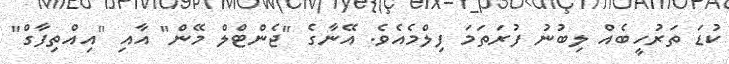
ކުޑަ ތަރުހީބެއް ލިބުނު ފުރަތަމަ ފިލްމެއެވެ. އޭނާގެ "ޖެންޓްލް މޭން" އާއި "އިއްތިފާގް"